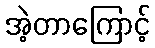
အဲ့တာကြောင့်